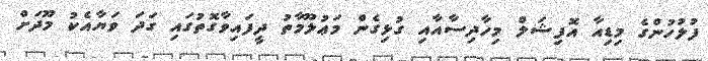
ފުލުހުންގެ މިޑިއާ އޮފިޝަލް މިހާދިސާއާއި ގުޅިގެން މަޢުލޫމާތު ދީފައިވާގޮތުގައި ގަދަ ވަޔާއެކު މޫދަށް